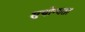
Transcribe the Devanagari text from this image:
सुयोग्यता